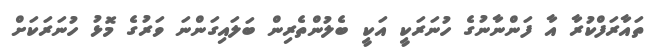
ތައާރަފްކުރާ އާ ފަންނާނުގެ ހުނަރަކީ އަކީ ބެލުންތެރިން ބަލައިގަންނަ ވަރުގެ މޮޅު ހުނަރަކަށް